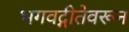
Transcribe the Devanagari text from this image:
भगवद्गीतेवरून